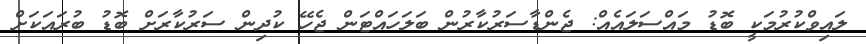
ލައިވްކުރުމަކީ ބޮޑު މައްސަލައެއް: ޖެންޑާސަރުކާރުން ބަލަހައްޓަން ޖެހޭ ކުދިން ސަރުކާރަށް ބޮޑު ބުރައަކަށް